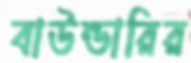
বাউন্ডারির